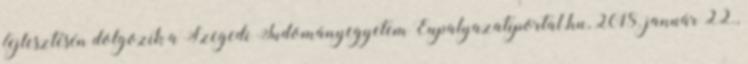
fejlesztésén dolgozik a Szegedi Tudományegyetem Eupalyazatiportal.hu, 2018. január 22.,